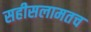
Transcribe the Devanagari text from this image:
सहीसलामतच